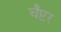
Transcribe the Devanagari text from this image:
चैंप्टर